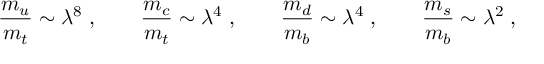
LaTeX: \frac { m _ { u } } { m _ { t } } \sim \lambda ^ { 8 } \; , \qquad \frac { m _ { c } } { m _ { t } } \sim \lambda ^ { 4 } \; , \qquad \frac { m _ { d } } { m _ { b } } \sim \lambda ^ { 4 } \; , \qquad \frac { m _ { s } } { m _ { b } } \sim \lambda ^ { 2 } \; ,